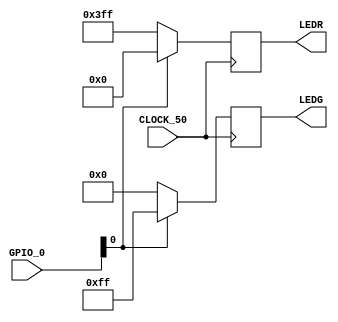
module moution_sensor(input CLOCK_50, input [35:0] GPIO_0, output reg [7:0] LEDG, output reg [9:0] LEDR);

//reg [25:0] timeout = 0;
//assign 

always@(posedge CLOCK_50) begin
	if(GPIO_0[0]) begin LEDG[7:0] = 8'b11111111; LEDR[9:0] = 10'b0000000000; end
	else begin LEDR[9:0] = 10'b1111111111; LEDG[7:0] = 8'b00000000; end
end

endmodule